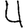
Digit: 4